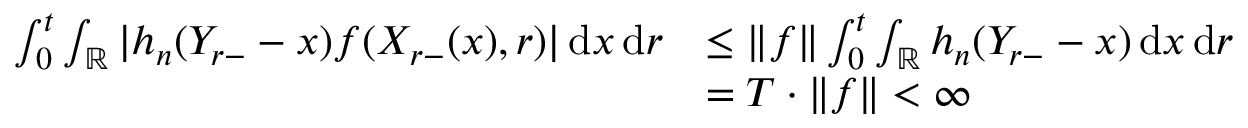
\begin{array} { r l } { \int _ { 0 } ^ { t } \int _ { \mathbb { R } } | h _ { n } ( Y _ { r - } - x ) f ( X _ { r - } ( x ) , r ) | \, \mathrm { d } x \, \mathrm { d } r } & { \leq \| f \| \int _ { 0 } ^ { t } \int _ { \mathbb { R } } h _ { n } ( Y _ { r - } - x ) \, \mathrm { d } x \, \mathrm { d } r } \\ & { = T \cdot \| f \| < \infty } \end{array}